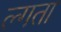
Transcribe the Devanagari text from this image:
ल्गता